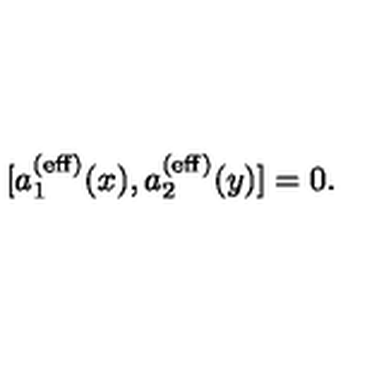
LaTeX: [ a _ { 1 } ^ { ( \mathrm { e f f } ) } ( x ) , a _ { 2 } ^ { ( \mathrm { e f f } ) } ( y ) ] = 0 .